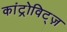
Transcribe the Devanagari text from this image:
कांट्रोविट्ज़